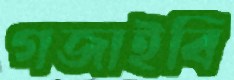
গজাইবি